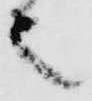
之